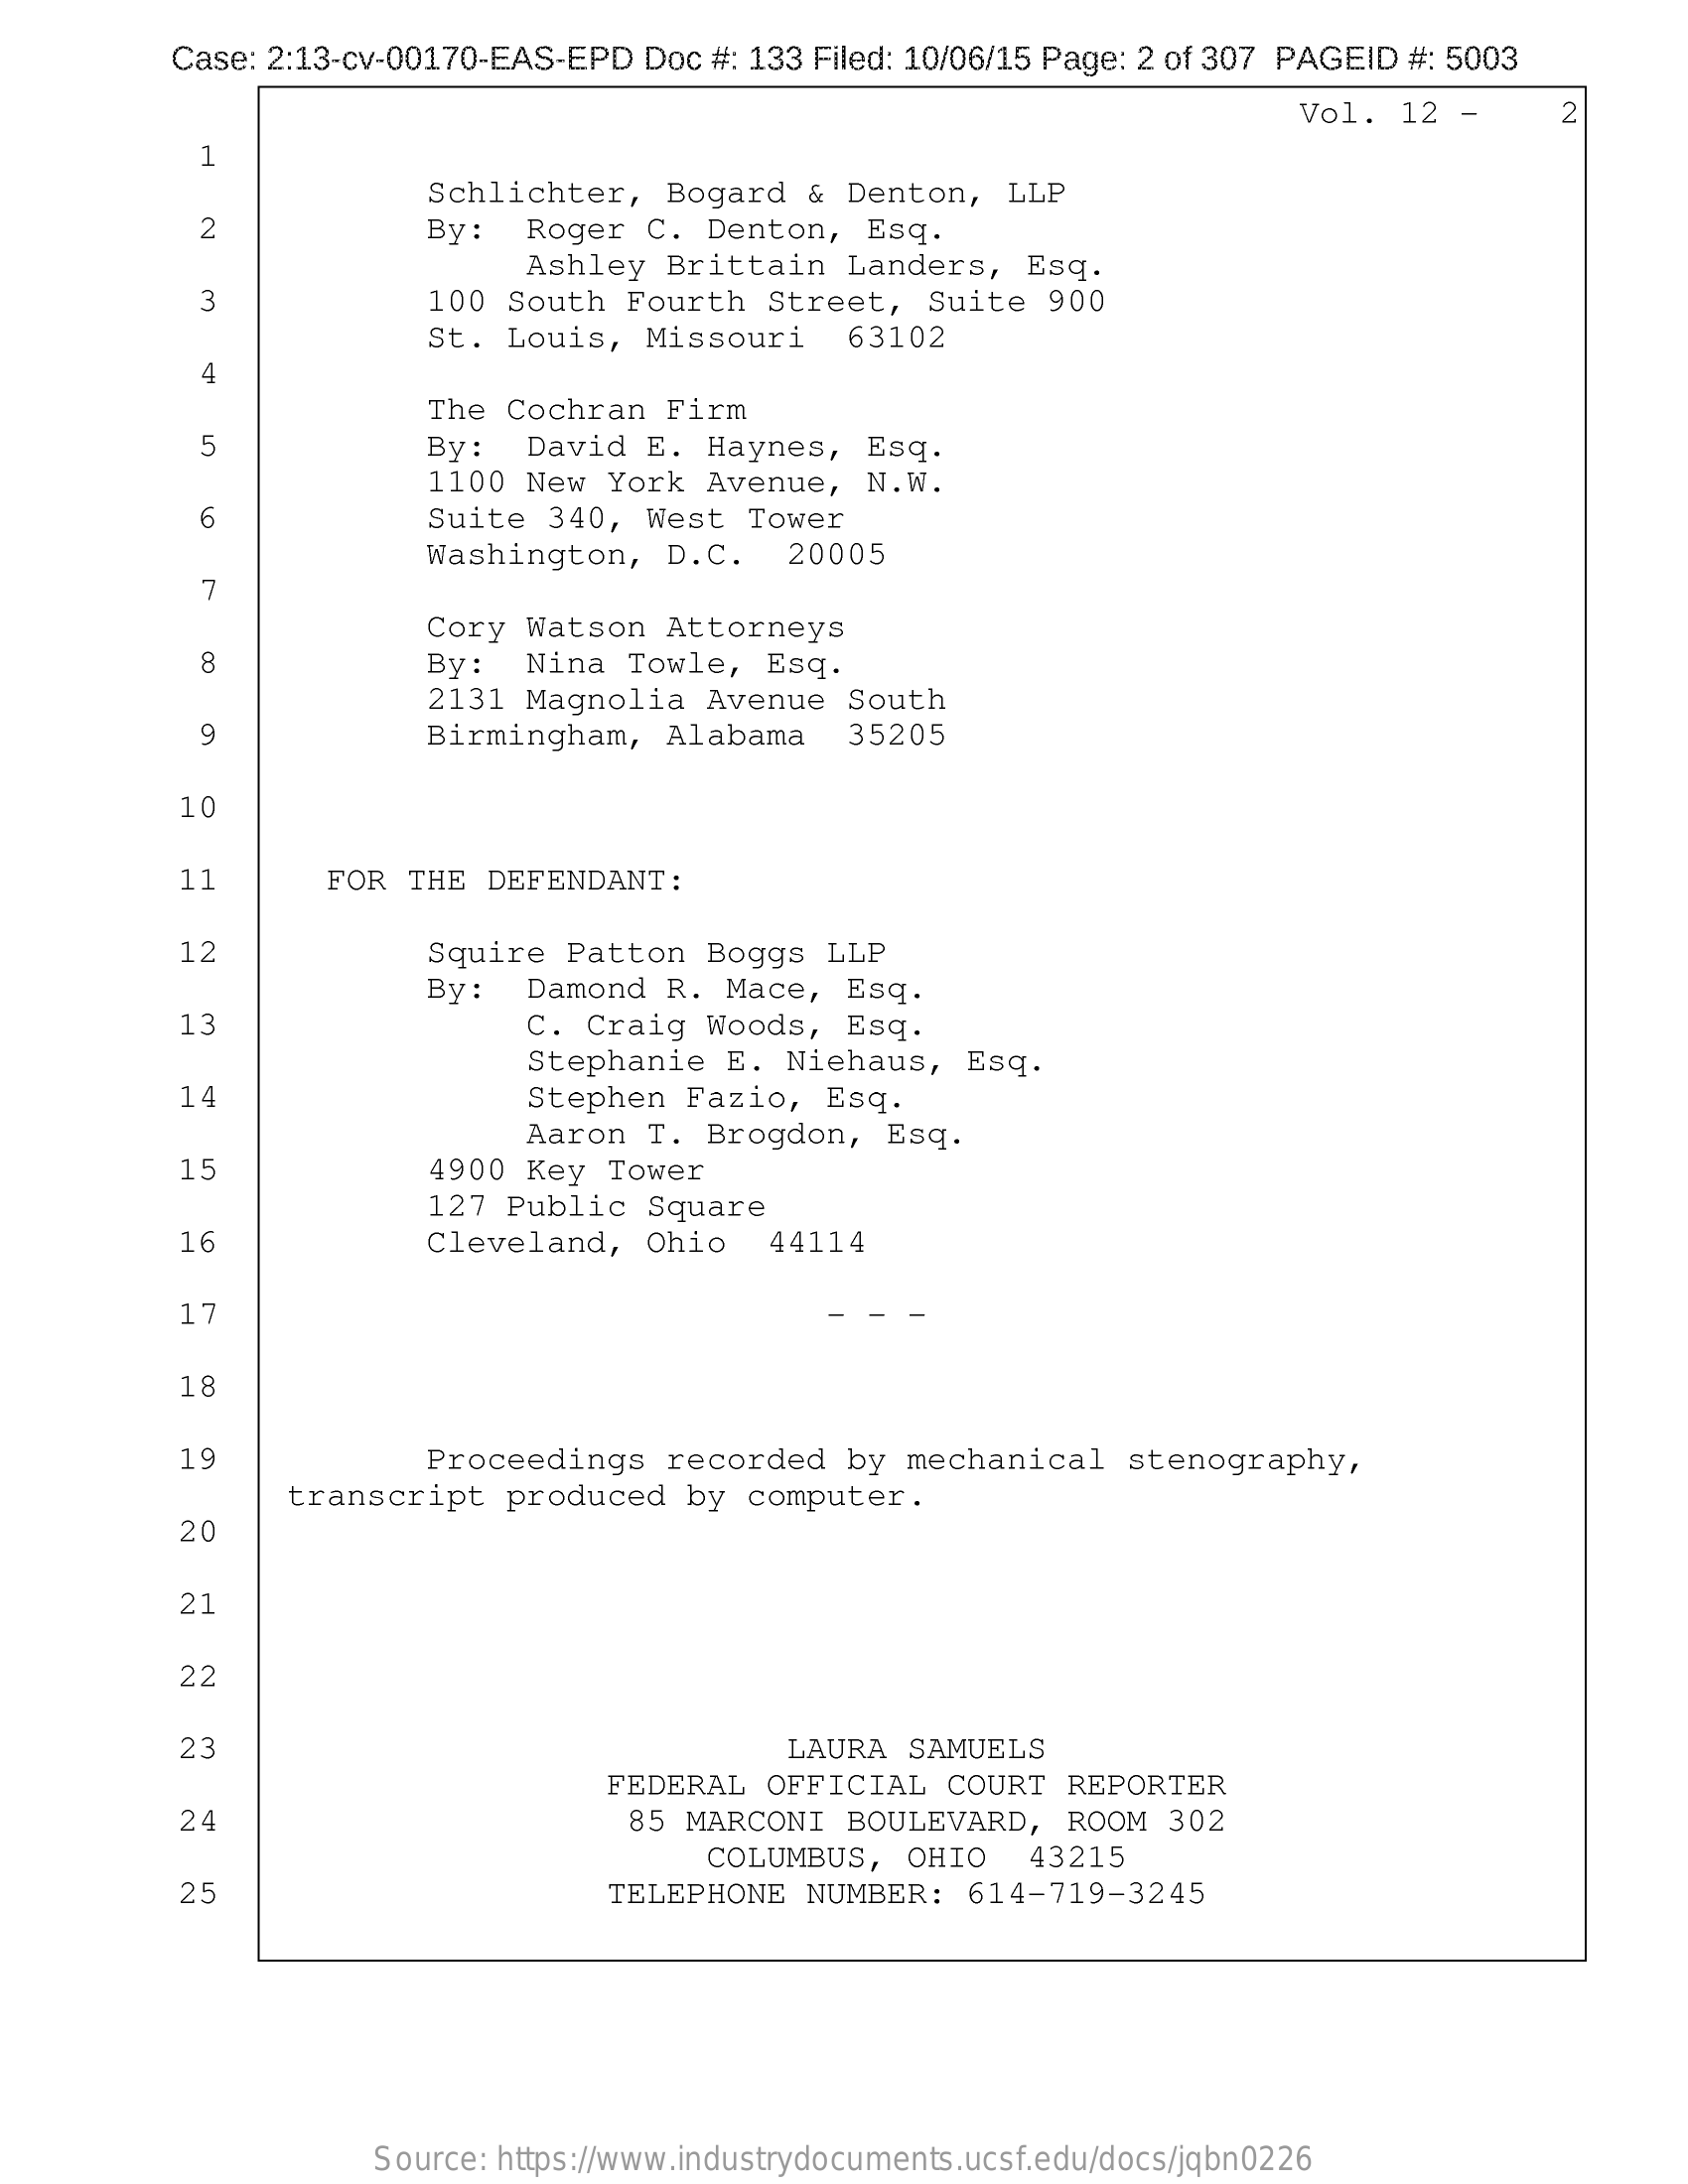
Case: 2:13-cv-00170-EAS-EPD Doc #: 133 Filed: 10/06/15 Page: 2 of 307 PAGEID #: 5003
     Vol. 12 -    2
     1
     Schlichter, Bogard  & Denton, LLP
     2    By:  Roger C. Denton,  Esq.
     Ashley Brittain  Landers, Esq.
     3    100 South Fourth  Street, Suite 900
     St. Louis, Missouri   63102
     4
     The Cochran Firm
     5    By:  David E. Haynes,  Esq.
     1100 New York Avenue,  N.W.
     6    Suite 340, West  Tower
     Washington, D.C.   20005
     7
     Cory Watson Attorneys
     8    By:  Nina Towle, Esq.
     2131 Magnolia Avenue  South
     9    Birmingham, Alabama   35205
     10
     11    FOR THE DEFENDANT:
     12    Squire Patton Boggs  LLP
     By:  Damond R. Mace,  Esq.
     13    C. Craig Woods,  Esq.
     Stephanie E. Niehaus,  Esq.
     14    Stephen Fazio,  Esq.
     Aaron T. Brogdon,  Esq.
     15    4900 Key Tower
     127 Public Square
     16    Cleveland, Ohio   44114
     17
     18
     19    Proceedings recorded  by mechanical  stenography,
     transcript produced by  computer.
     20
     21
     22
     23    LAURA SAMUELS
     FEDERAL OFFICIAL  COURT REPORTER
     24    85 MARCONI BOULEVARD, ROOM  302
     COLUMBUS, OHIO  43215
     25    TELEPHONE  NUMBER: 614-719-3245
     Source: https://www.industrydocuments.ucsf.edu/docs/jqbn0226